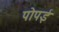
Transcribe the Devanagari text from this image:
पोपई